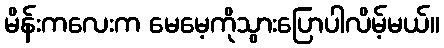
မိန်းကလေးက မေမေ့ကိုသွားပြောပါလိမ့်မယ်။